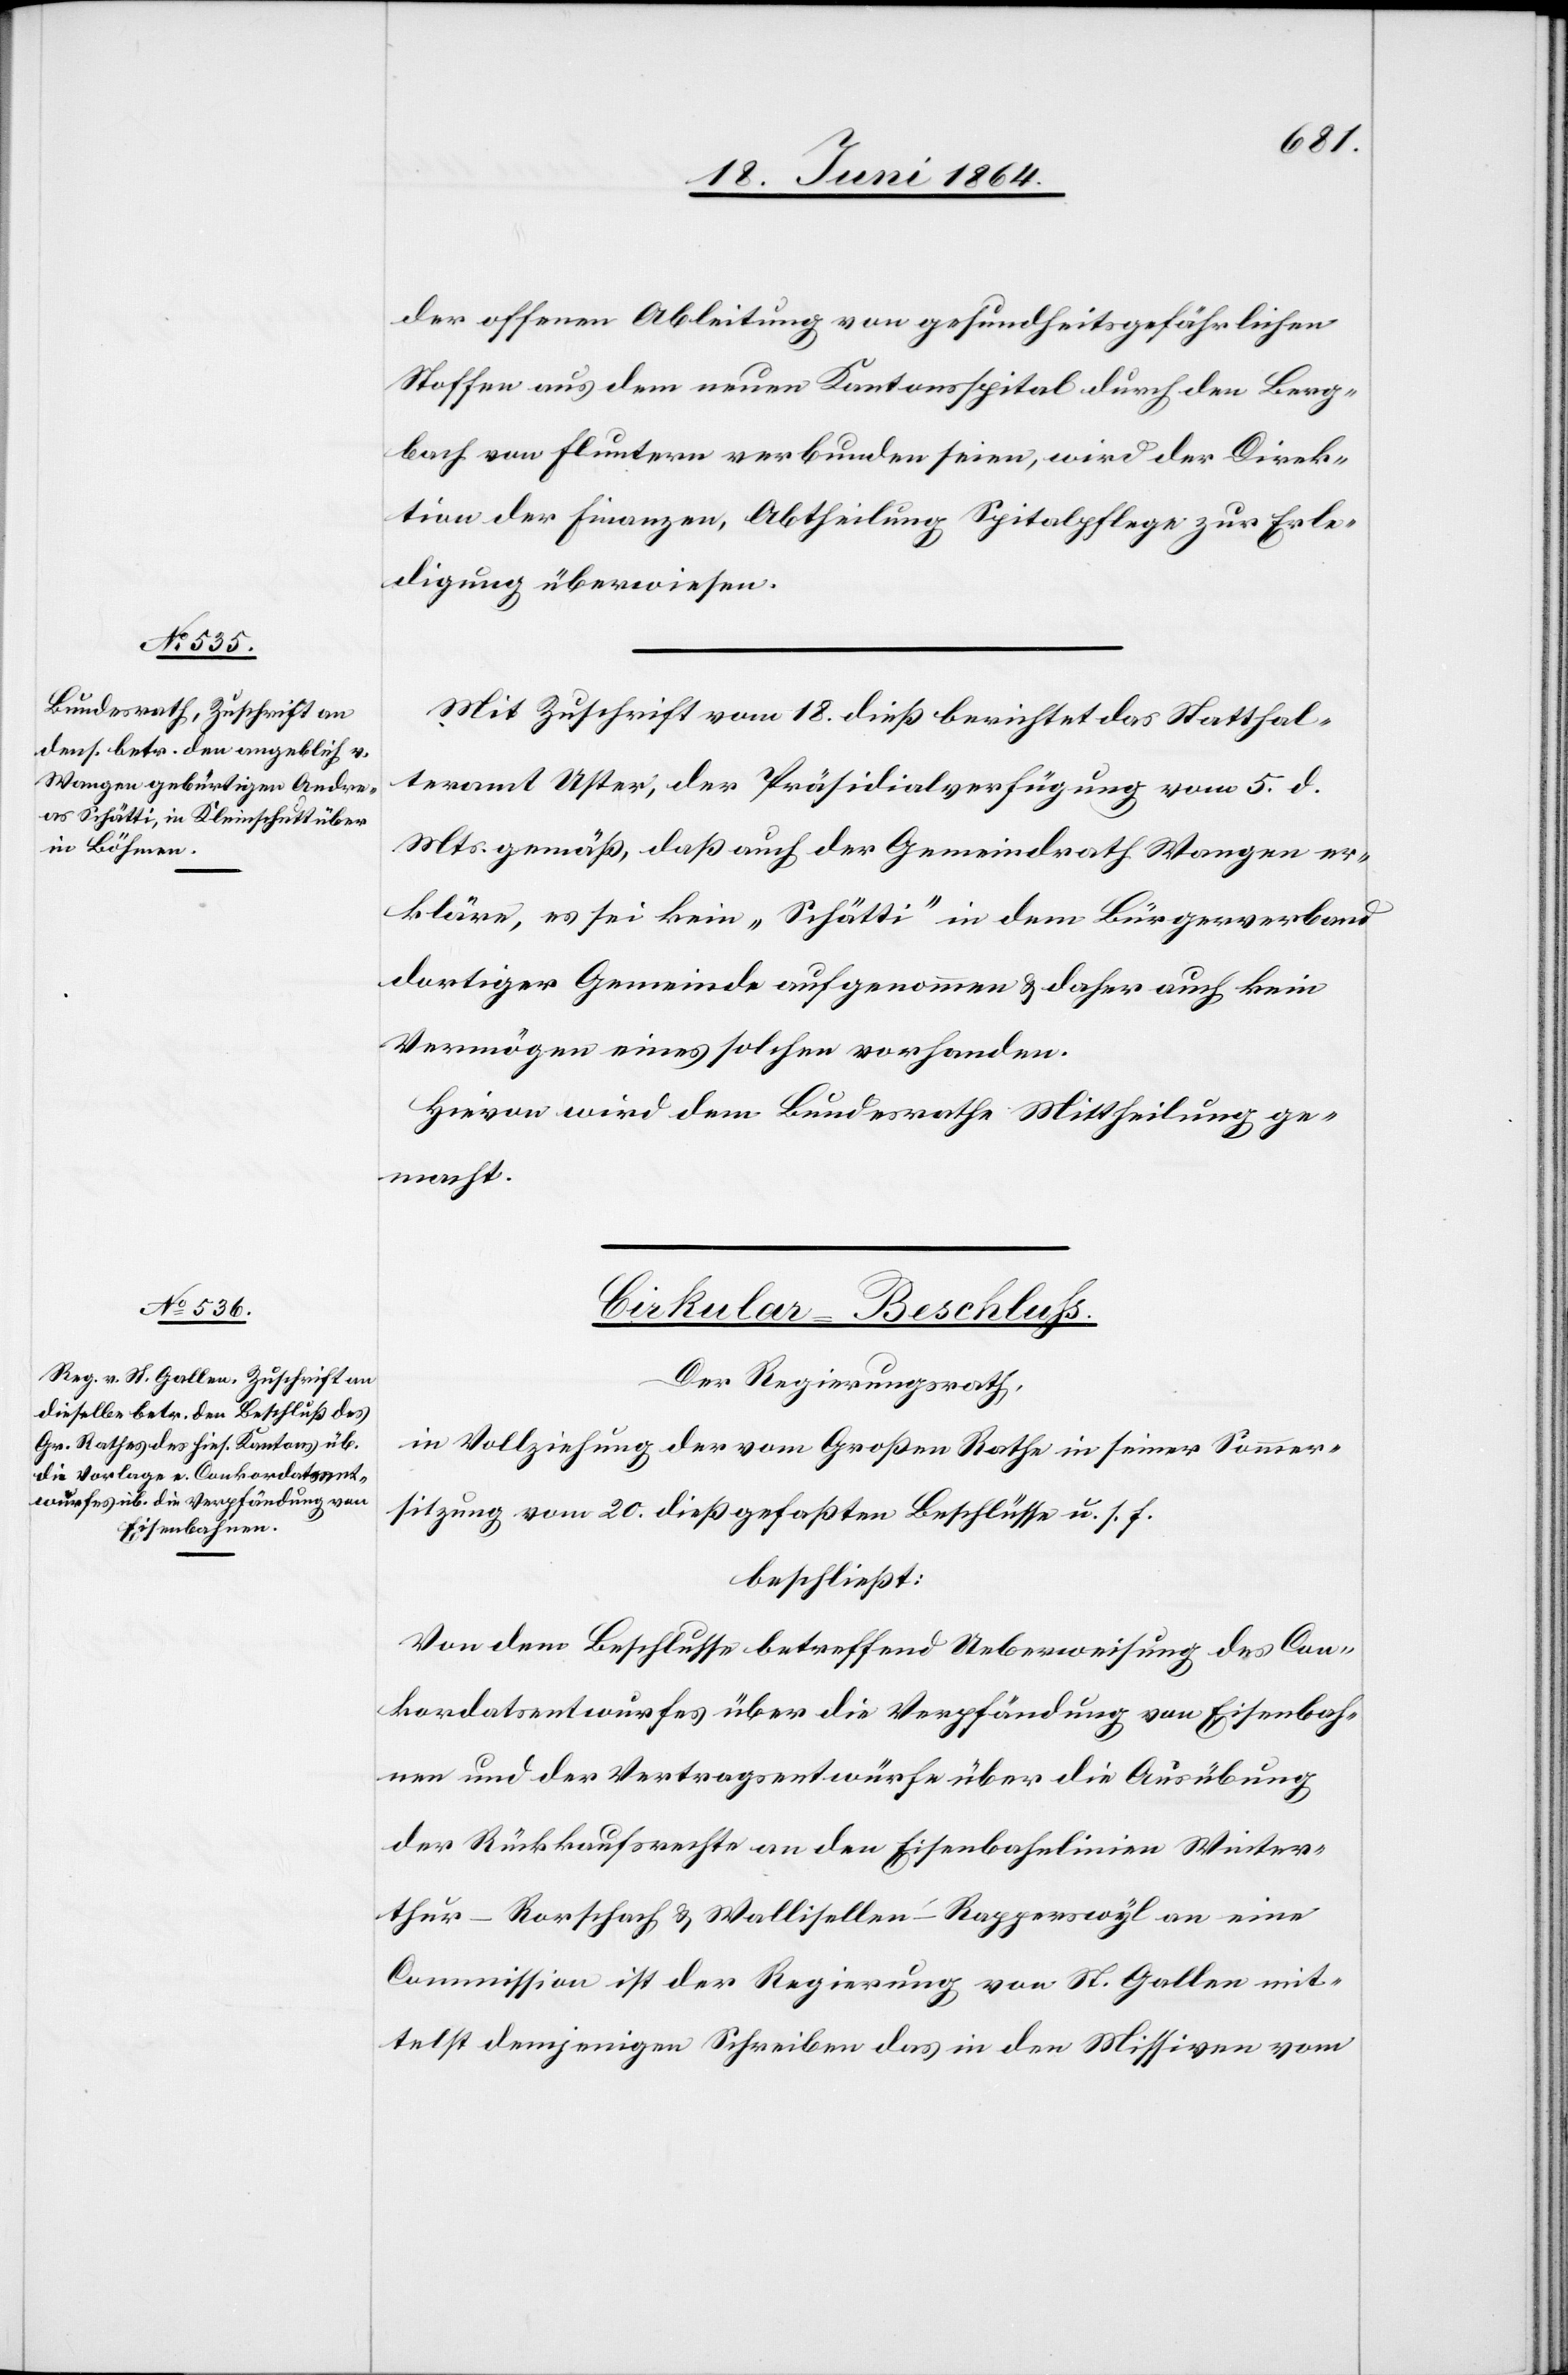
21. Juni 1864.]
der offenen Ableitung von gesundheitsgefährlichen
Stoffen aus dem neuen Kantonsspital durch den Berg¬
bach von Fluntern verbunden seien, wird der Direk¬
tion der Finanzen, Abtheilung Spitalpflege zur Erle¬
digung überwiesen.
Mit Zuschrift vom 18. dieß berichtet das Statthal¬
teramt Uster, der Präsidialverfügung vom 5. d.
Mts. gemäß, daß auch der Gemeindrath Wangen er¬
kläre, es sei kein „Schätti“ in dem Bürgerverband
dortiger Gemeinde aufgenommen u. daher auch kein
Vermögen eines solchen vorhanden.
Hievon wird dem Bundesrathe Mittheilung ge¬
macht.
Cirkular-Beschluss.
Der Regierungsrath,
in Vollziehung der vom Großen Rathe in seiner Sommer¬
sitzung von 20. dieß gefaßten Beschlüsse u. s. f.
beschließt:
Von dem Beschlusse betreffend Ueberweisung des Con¬
kordatsentwurfes über die Verpfändung von Eisenbah¬
nen und der Vertragsentwürfe über die Ausübung
der Rückkaufsrechte an den Eisenbahnlinien Winter¬
thur–Rorschach u. Wallisellen–Rapperswyl an eine
Commission ist der Regierung von St. Gallen mit¬
telst demjenigen Schreiben das in den Missiven vom